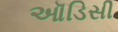
ઑડિસી